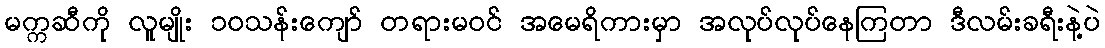
မက္ကဆီကို လူမျိုး ၁၀သန်းကျော် တရားမဝင် အမေရိကားမှာ အလုပ်လုပ်နေကြတာ ဒီလမ်းခရီးနဲ့ပဲ